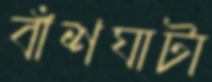
বাঁশঘাটা